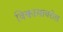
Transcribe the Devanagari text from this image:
विकासावरील